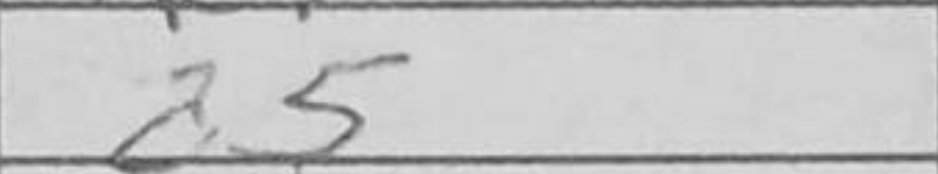
Transcription: a5